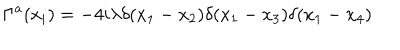
LaTeX: \Gamma ^ { a } ( x _ { i } ) = - 4 i \lambda \delta ( x _ { 1 } - x _ { 2 } ) \delta ( x _ { 1 } - x _ { 3 } ) \delta ( x _ { 1 } - x _ { 4 } )